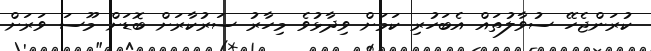
ކުރަންޖެހޭ ސުވާލުތައް އެބަހުރި ކަމަށް ވިދާޅުވެ މިހާރު ސަރުކާރަށް ބޮޑަށް މޫސަ ވަރަށް